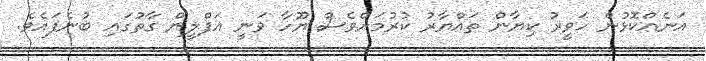
އަނެއްކޮޅުން ހަވީރު ކިޔާން ތައްޔާރު ކުރުމަށްވެސް ޔޫހާ ވަނީ އަފްލީން ގާތުގައި ބުނެފައެވެ.